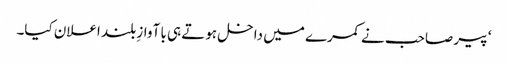
‘ پیر صاحب نے کمرے میں داخل ہوتے ہی با آوازِ بلند اعلان کیا۔